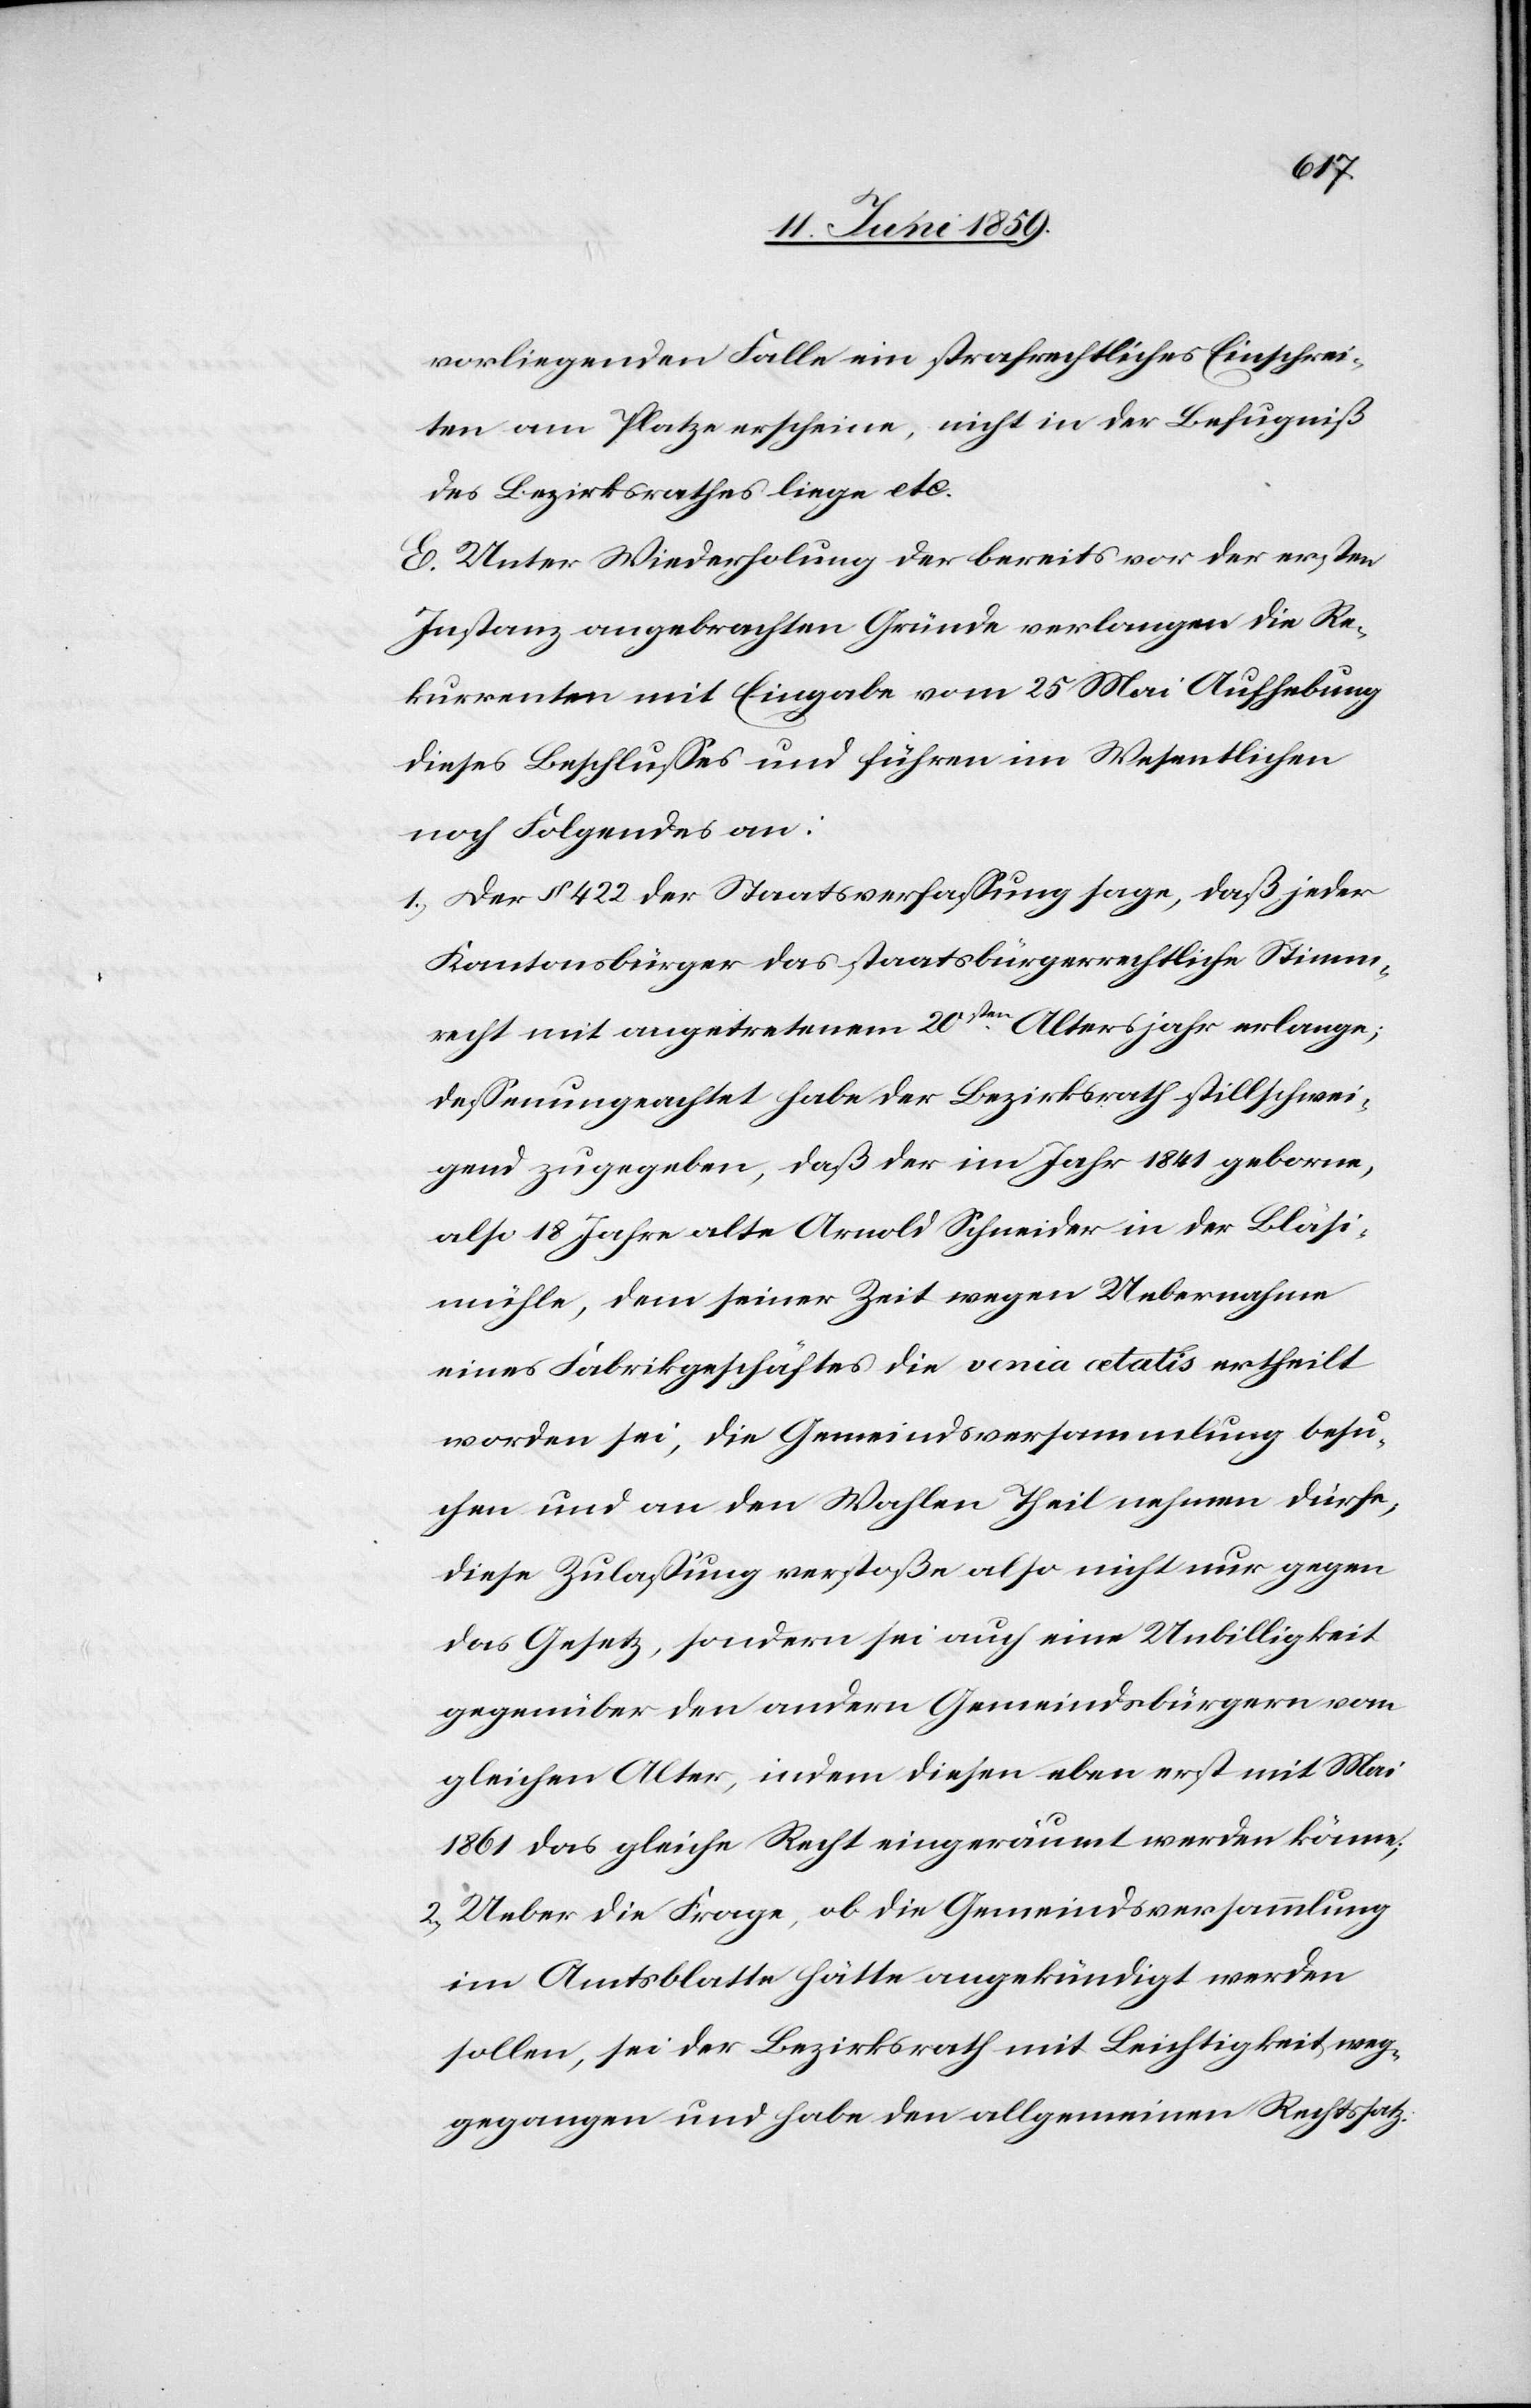
vorliegenden Falle ein strafrechtliches Einschrei¬
ten am Platze erscheine, nicht in der Befugniß
des Bezirksrathes liege etc.
E. Unter Wiederholung der bereits vor der ersten
Instanz angebrachten Gründe verlangen die Re¬
kurrenten mit Eingabe vom 25. Mai Aufhebung
dieses Beschlusses und führen im Wesentlichen
noch Folgendes an:
1) Der § 422 der Staatsverfassung sage, daß jeder
Kantonsbürger das staatsbürgerrechtliche Stimm¬
recht mit angetretenem 20sten Altersjahr erlange;
dessenungeachtet habe der Bezirksrath stillschwei¬
gend zugegeben, daß der im Jahr 1841 geborne,
also 18 Jahre alte Arnold Schneider in der Bläsi¬
mühle, dem seiner Zeit wegen Uebernahme
eines Fabrikgeschäftes die venia aetalis ertheilt
worden sei, die Gemeindsversammlung besu¬
chen und an den Wahlen Theil nehmen dürfe,
diese Zulassung verstoße also nicht nur gegen
das Gesetz, sondern sei auch eine Unbilligkeit
gegenüber den andern Gemeindsbürgern vom
gleichen Alter, indem diesen eben erst mit Mai
1861 das gleiche Recht eingeräumt werden könne;
2) Ueber die Frage, ob die Gemeindsversammlung
im Amtsblatte hätte angekündigt werden
sollen, sei der Bezirksrath mit Leichtigkeit weg¬
gegangen und habe den allgemeinen Rechtssatz: